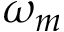
\omega _ { m }